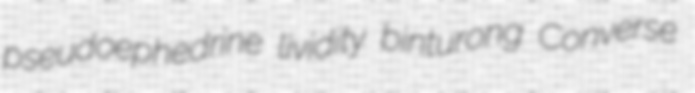
pseudoephedrine lividity binturong Converse